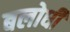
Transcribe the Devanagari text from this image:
बलोधी